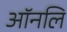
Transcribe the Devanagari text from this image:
ऑनलि